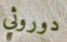
دوروثي